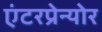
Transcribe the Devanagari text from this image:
एंटरप्रेन्योर